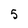
Character: 5